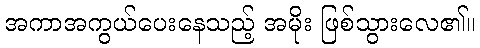
အကာအကွယ်ပေးနေသည့် အမိုး ဖြစ်သွားလေ၏။